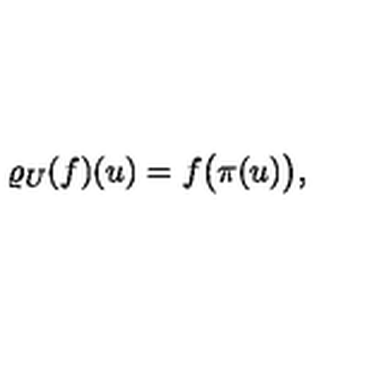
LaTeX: \lefteqn { \varrho _ { U } ( f ) ( u ) = f \big ( \pi ( u ) \big ) , }